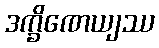
ဒက္ခိဏေယျဿ